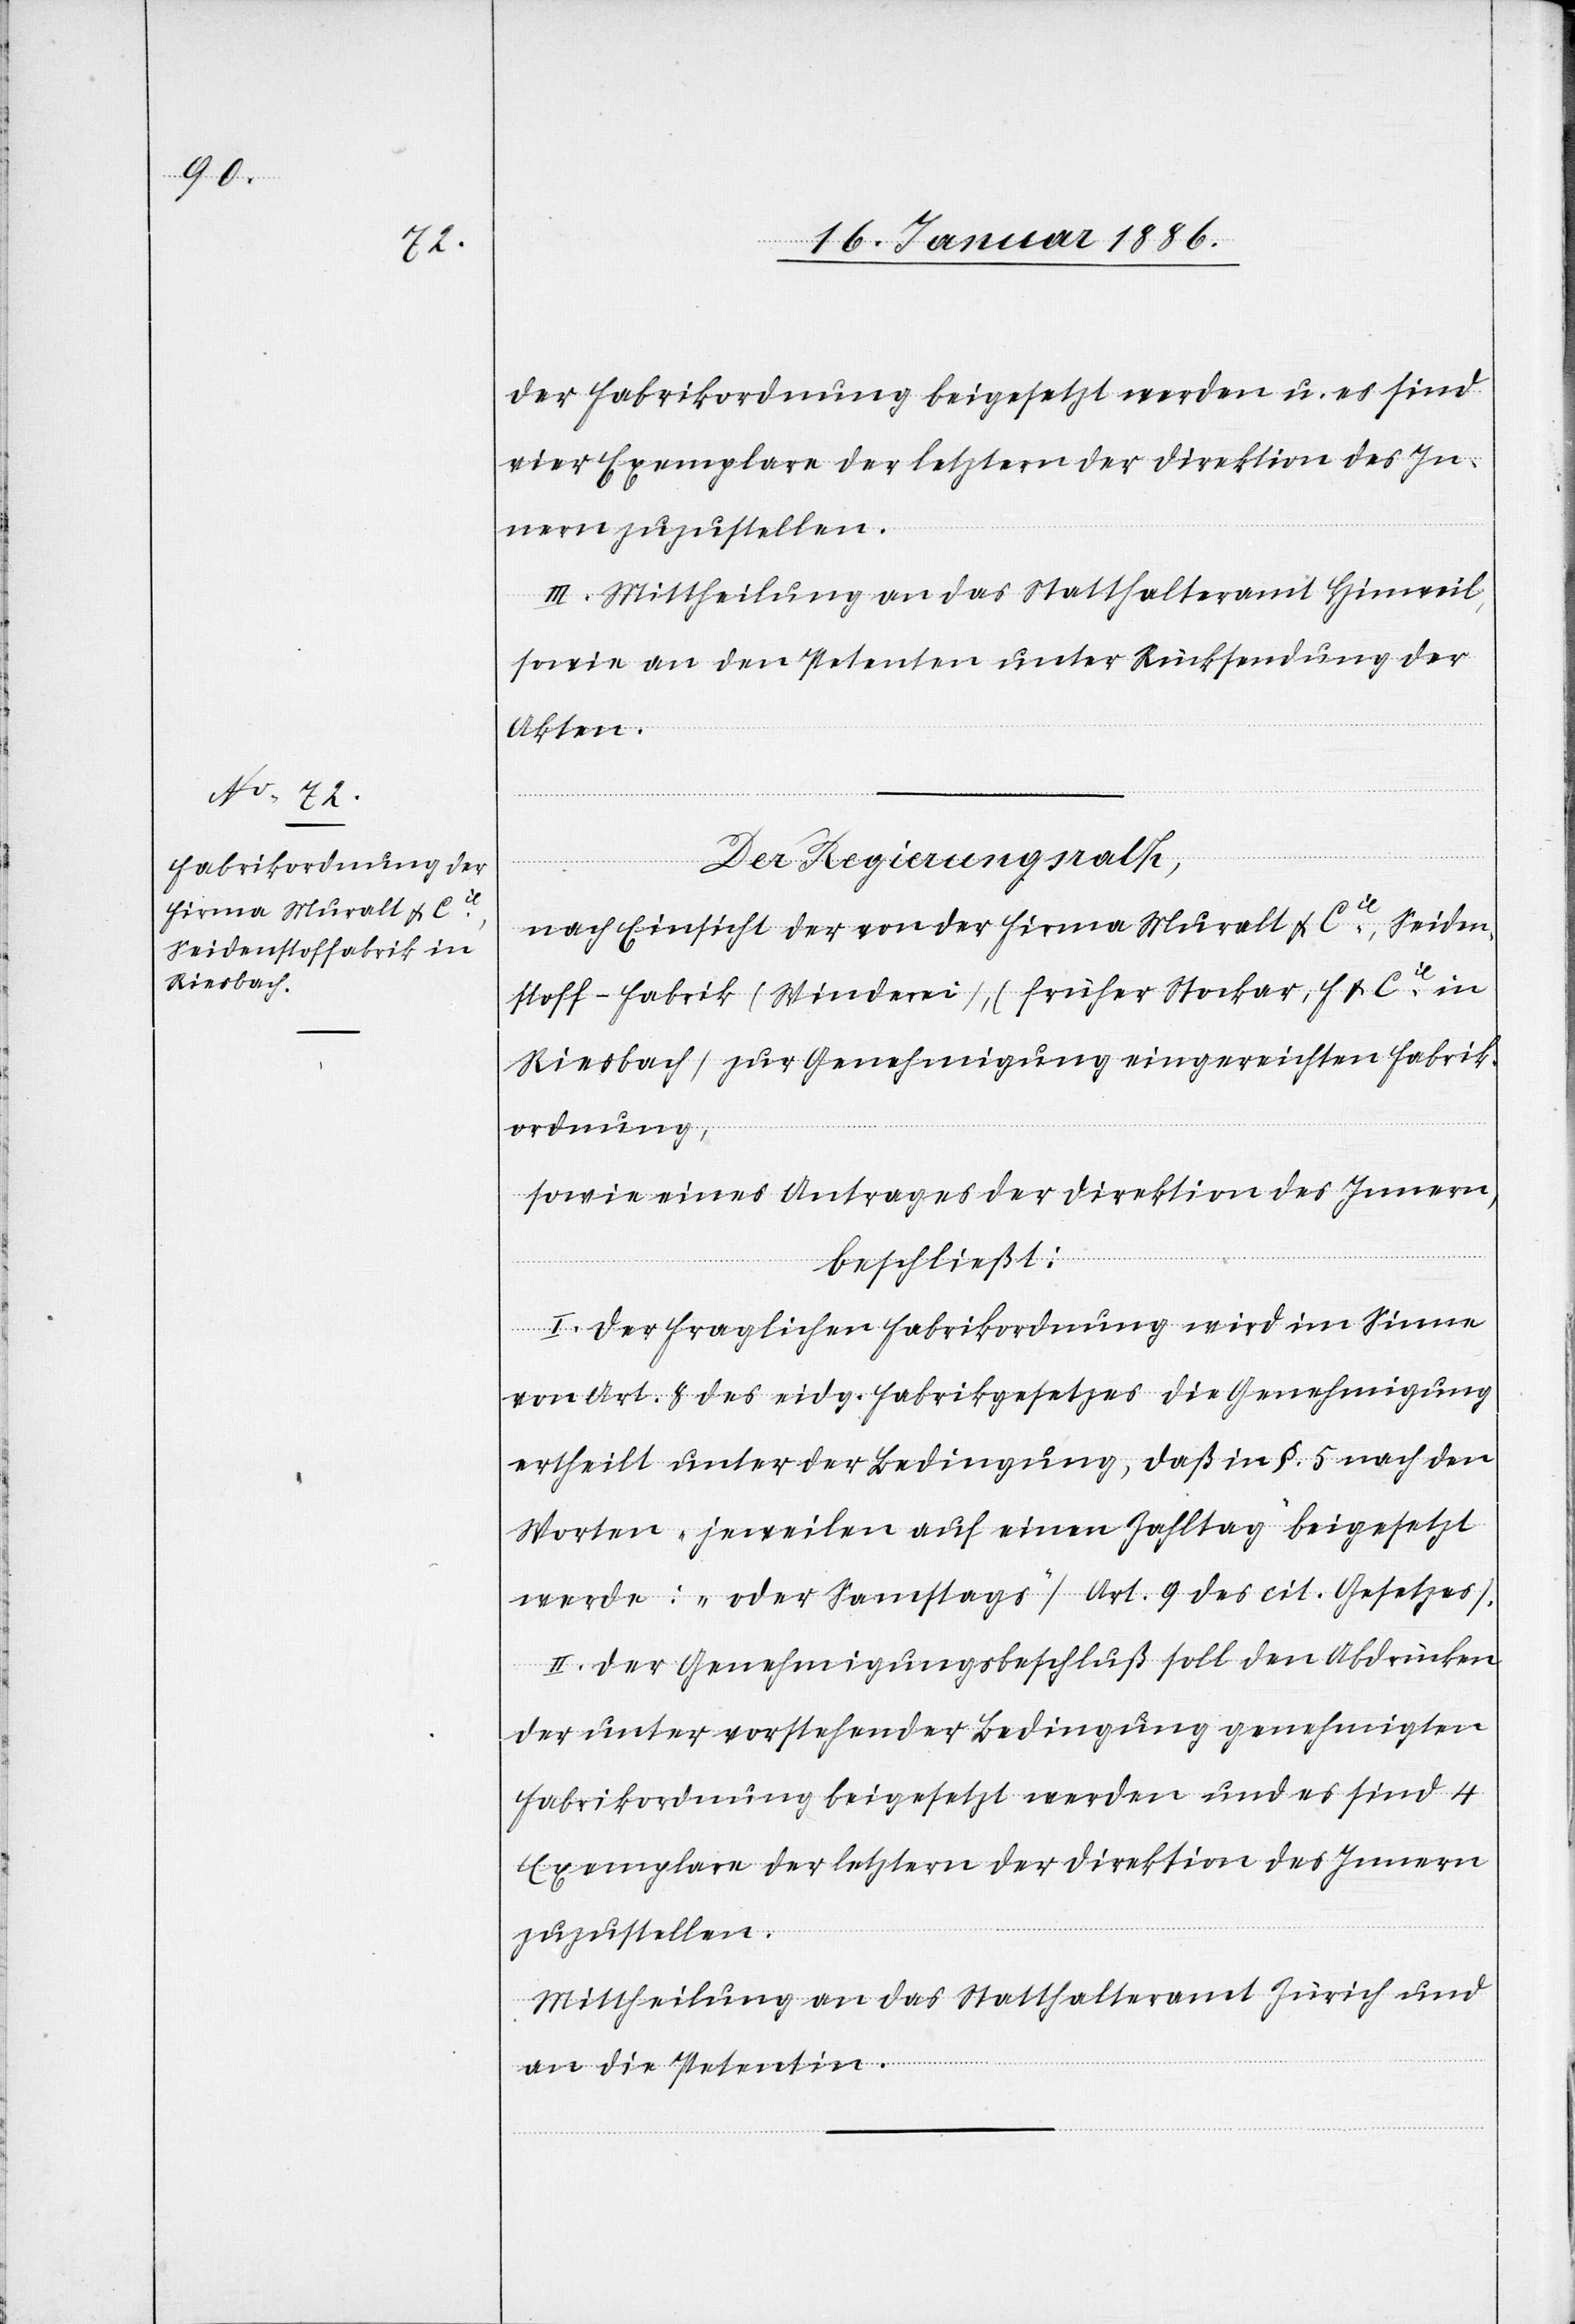
der Fabrikordnung beigesetzt werden u. es sind
vier Exemplare der letztern der Direktion des In¬
nern zuzustellen.
III. Mittheilung an das Statthalteramt Hinweil,
sowie an den Petenten unter Rücksendung der
Akten.
Der Regierungsrath,
nach Einsicht der von der Firma Muralt & Cie, Seiden¬
stoff-Fabrik (Weberei), (Früher Stockar, H. & Cie in
Riesbach) zur Genehmigung eingereichten Fabrik¬
ordnung,
sowie eines Antrages der Direktion des Innern,
beschließt:
I. Der fraglichen Fabrikordnung wird im Sinne
von Art. 8 des eidg. Fabrikgesetzes die Genehmigung
ertheilt unter der Bedingung, daß in §. 5 nach den
Worten „jeweilen auf einen Zahltag“ beigesetzt
werde: „oder Samstags“ (Art. 9 des cit. Gesetzes).
II. Der Genehmigungsbeschluß soll den Abdrücken
der unter vorstehender Bedingung genehmigten
Fabrikordnung beigesetzt werden und es sind 4
Exemplare der letztern der Direktion des Innern
zuzustellen.
Mittheilung an das Statthalteramt Zürich und
an die Petentin.